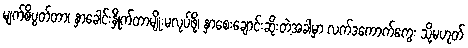
မျက်စိပွတ်တာ၊ နှာခေါင်းနှိုက်တာမျိုးမလုပ်ဖို့၊ နှာစေးချောင်းဆိုးတဲ့အခါမှာ လက်ဒကောက်ကွေး သို့မဟုတ်